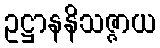
ဥဋ္ဌာနနိသဇ္ဇာယ